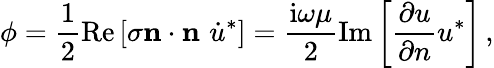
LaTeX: \phi=\frac{1}{2}\mathrm{Re}\left[{\mathbf\sigma}{\mathbf n}\cdot{\mathbf n}\, \, \dot{u}^{*}\right]=\frac{\mathrm{i}\omega\mu}{2}\mathrm{Im}\left[\frac{\partial u}{\partial n}u^{*}\right]\, ,